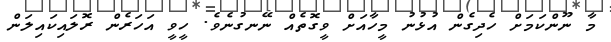
މާ ނޫންކަމަށް ހެދިގެން އުޅުނު މީހާއަށް ވީގޮތެއް ނޭނގުނެވެ. ހީވީ އަހަރެން ރޮލައިކައިލަން